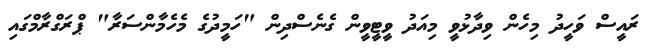
ރައީސް ވަހީދު މިހެން ވިދާޅުވީ މިއަދު ވީޓީވީން ގެނެސްދިން "ހަމީދުގެ މެހެމާންސަރާ" ޕްރަގްރާމްގައި